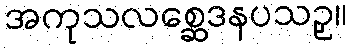
အကုသလစ္ဆေဒနပသဥှ။